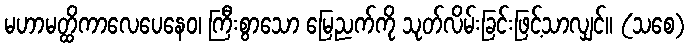
မဟာမတ္ထိကာလေပေနေဝ၊ ကြီးစွာသော မြေညက်ကို သုတ်လိမ်းခြင်းဖြင့်သာလျှင်။ (သစေ)